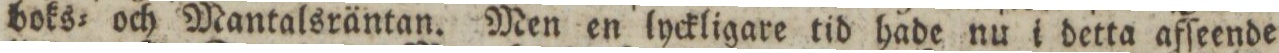
boks= och Mantalsräntan. Men en lyckligare tid hade nu i detta afſeende